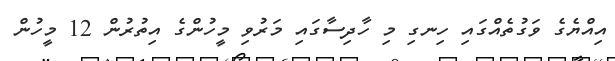
އިއްޔެގެ ވަގުތެއްގައި ހިނގި މި ހާދިސާގައި މަރުވި މީހުންގެ އިތުރުން 12 މީހުން